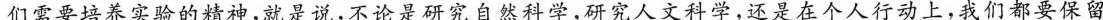
们需要培养实验的精神，就是说，不论是研究自然科学，研究人文科学，还是在个人行动上，我们都要保留